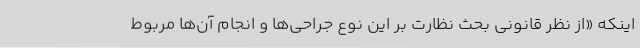
اینکه «از نظر قانونی بحث نظارت بر این نوع جراحی‌ها و انجام آن‌ها مربوط